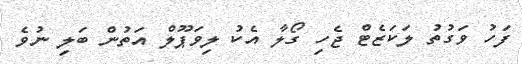
ފަހު ވަގުތު ލަކަޒެޓް ޖެހި ގޯލާ އެކު ލިވަޕޫލް އަތުން ބަލި ނުވެ